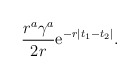
\begin{align*}\frac{r^a \gamma^a}{2 r} {\rm e}^{- r | t_1-t_2|} .\end{align*}